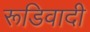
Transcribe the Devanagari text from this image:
रूडिवादी